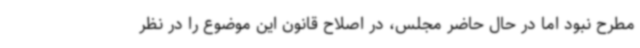
مطرح نبود اما در حال حاضر مجلس، در اصلاح قانون این موضوع را در نظر